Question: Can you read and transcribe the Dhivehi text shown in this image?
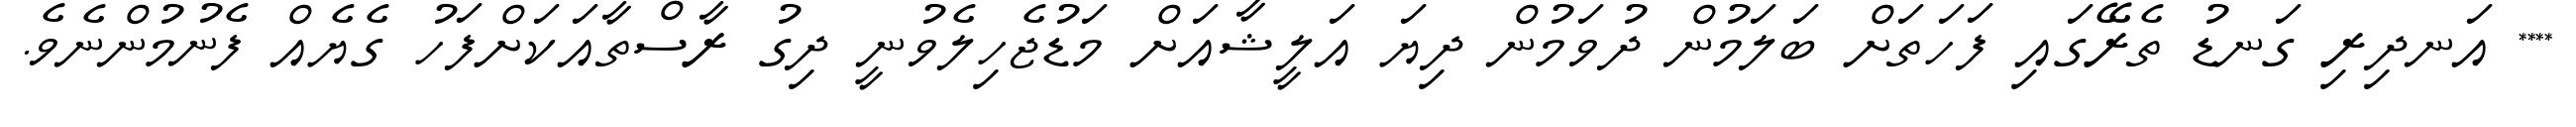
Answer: **** އަނދިރި ގަނޑު ތެރޭގައި ފަހަތަށް ބަލަމުން ދުވަމުން ދިޔަ އަލީޝާއަށް މަޑުޖެހިލެވުނީ ދިގު ރާސްތާއަކަށްފަހު ގެޔެއް ފެނުމުންނެވެ.